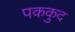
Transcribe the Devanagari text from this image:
पककुद